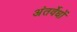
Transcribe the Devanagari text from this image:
अंतर्वेधों